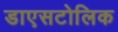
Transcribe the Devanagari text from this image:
डाएसटोलिक